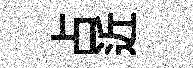
占近